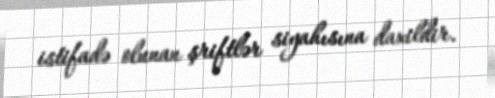
istifadə olunan şriftlər siyahısına daxildir.